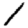
Digit: 1